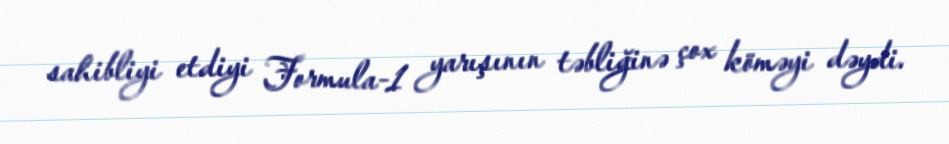
sahibliyi etdiyi Formula-1 yarışının təbliğinə çox köməyi dəydi.